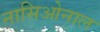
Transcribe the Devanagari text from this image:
नासिओनाल